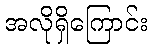
အလိုရှိကြောင်း